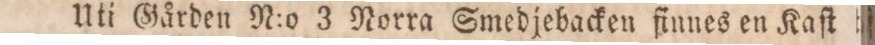
Uti Gården N:o 3 Norra Smedjebacken finnes en Kaſt